Source: Computer-generated
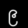
Digit: ၉ (9)